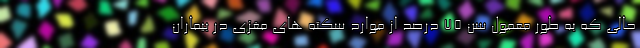
حالی که به طور معمول سن ۷۵ درصد از موارد سکته های مغزی در بیماران